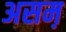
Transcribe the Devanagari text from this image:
असम़